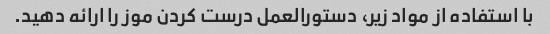
با استفاده از مواد زیر، دستورالعمل درست کردن موز را ارائه دهید.